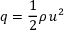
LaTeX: q = { \frac { 1 } { 2 } } \rho \, u ^ { 2 }